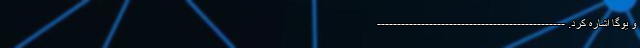
و یوگا اشاره کرد. -----------------------------------------------